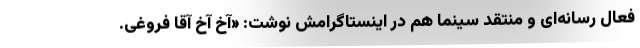
فعال رسانه‌ای و منتقد سینما هم در اینستاگرامش نوشت: «آخ آخ آقا فروغی.